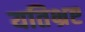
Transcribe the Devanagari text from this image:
यतिभ्रष्ट